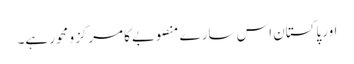
اور پاکستان اس سارے منصوبےکا مرکزو محور ہے۔